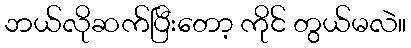
ဘယ်လိုဆက်ပြီးတော့ ကိုင် တွယ်မလဲ။